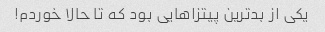
یکی از بدترین پیتزاهایی بود که تا حالا خوردم!